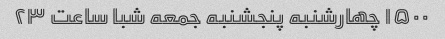
۱۵۰۰ چهارشنبه پنجشنبه جمعه شبا ساعت ۲۳